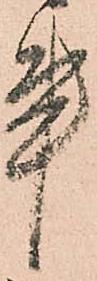
事